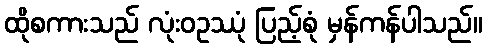
ထိုစကားသည် လုံးဝဥဿုံ ပြည့်စုံ မှန်ကန်ပါသည်။